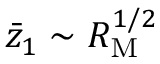
\Bar { z } _ { 1 } \sim R _ { \mathrm { M } } ^ { 1 / 2 }